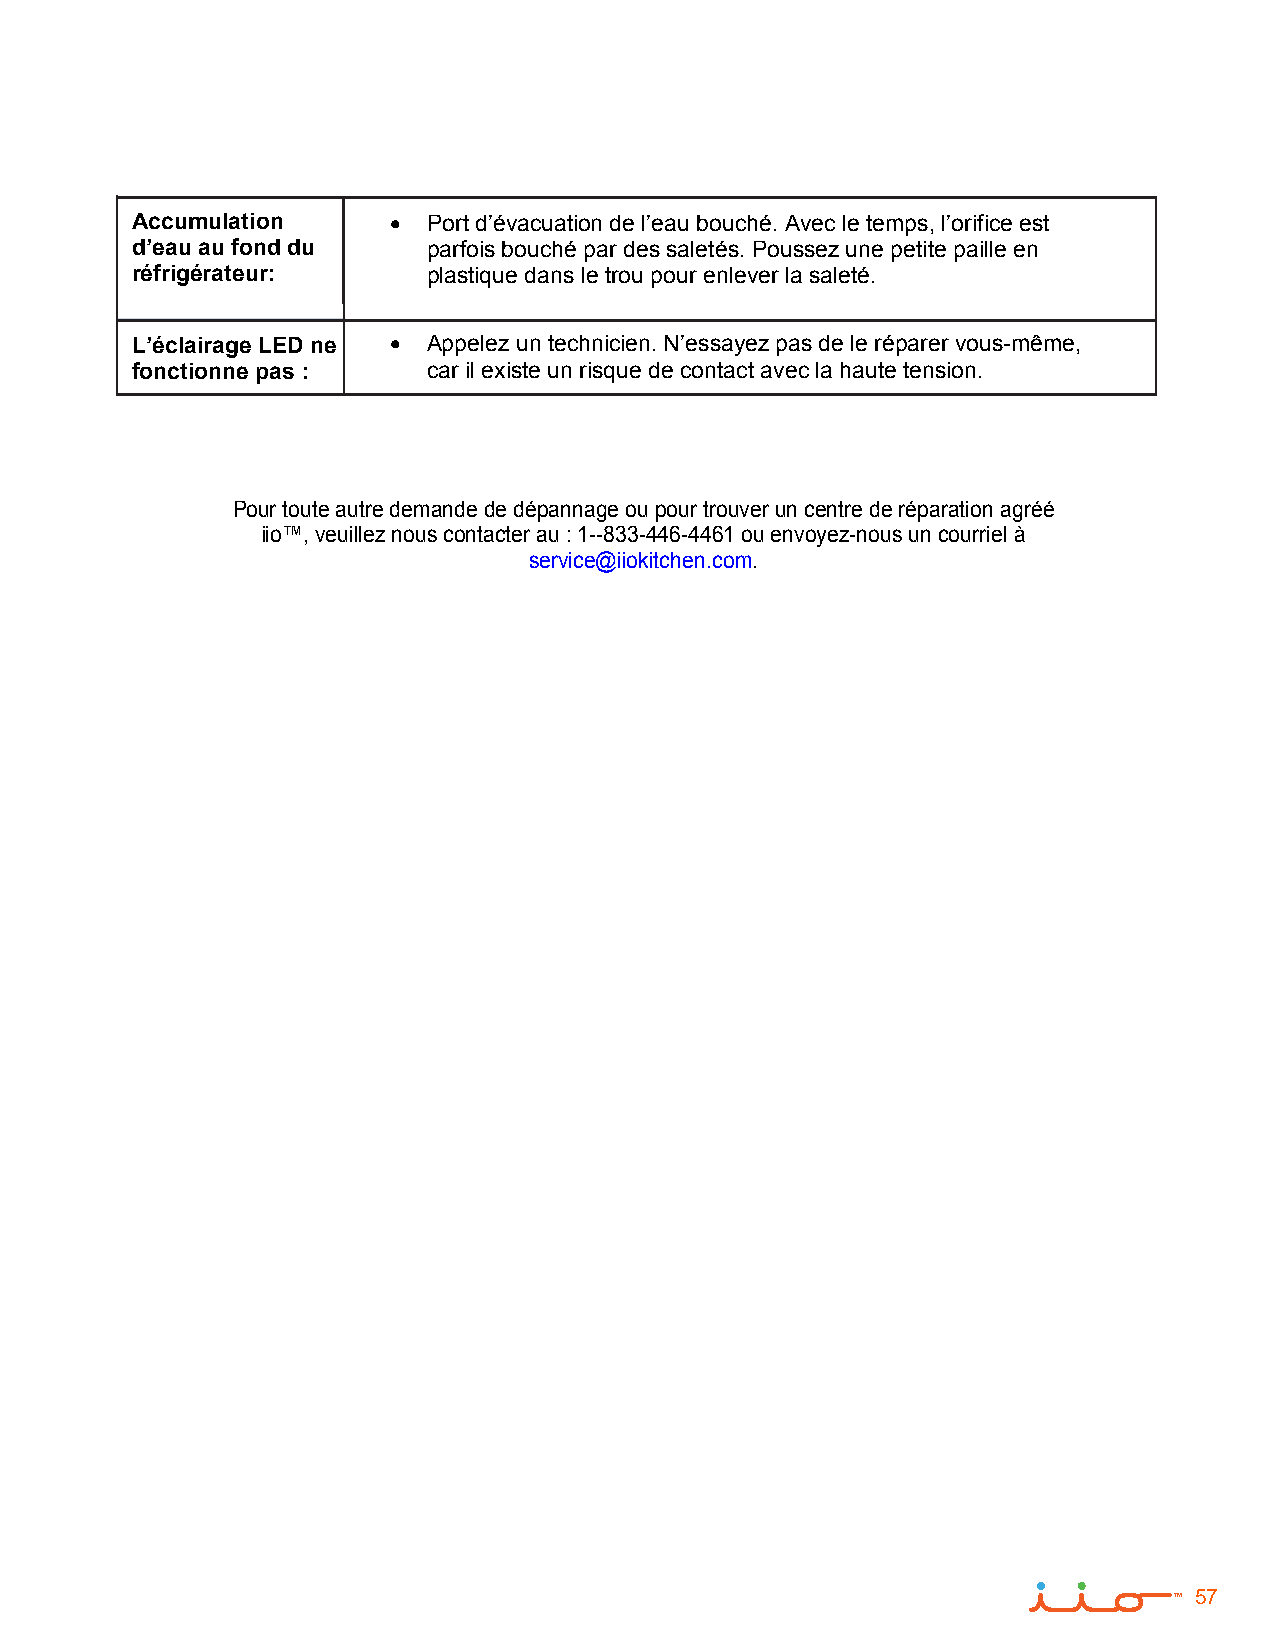
Accumulation      Port d’évacuation de l’eau bouché. Avec le temps, l’orifice est
 d’eau au fond du   parfois bouché par des saletés. Poussez une petite paille en
 réfrigérateur:     plastique dans le trou pour enlever la saleté.
 L’éclairage LED ne  Appelez un technicien. N’essayez pas de le réparer vous-même,
 fonctionne pas :   car il existe un risque de contact avec la haute tension.
 Pour toute autre demande de dépannage ou pour trouver un centre de réparation agréé
 iio™, veuillez nous contacter au : 1--833-446-4461 ou envoyez-nous un courriel à
 service@iiokitchen.com.
 57